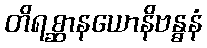
တိရစ္ဆာနယောနိဗန္ဓနံ